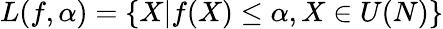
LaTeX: L(f,\alpha)=\{ X|f(X)\leq\alpha,X\in U(N)\}